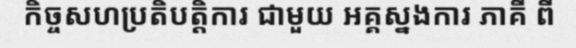
កិច្ចសហប្រតិបត្តិការ ជាមួយ អគ្គស្នងការ ភាគី ពី